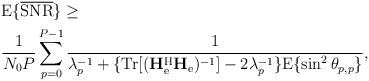
LaTeX: \begin{align*}&\mathrm{E}\{\overline{\mathrm{SNR}}\}\geq\\&\frac{1}{N_0P}\sum_{p=0}^{P-1}\frac{1}{\lambda_p^{-1}+\{\mathrm{Tr}[(\mathbf{H}_{\mathrm{e}}^{\mathrm{H}}\mathbf{H}_{\mathrm{e}})^{-1}]-2\lambda_p^{-1}\}\mathrm{E}\{\sin^2\theta_{p,p}\}},\end{align*}